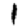
Digit: 1